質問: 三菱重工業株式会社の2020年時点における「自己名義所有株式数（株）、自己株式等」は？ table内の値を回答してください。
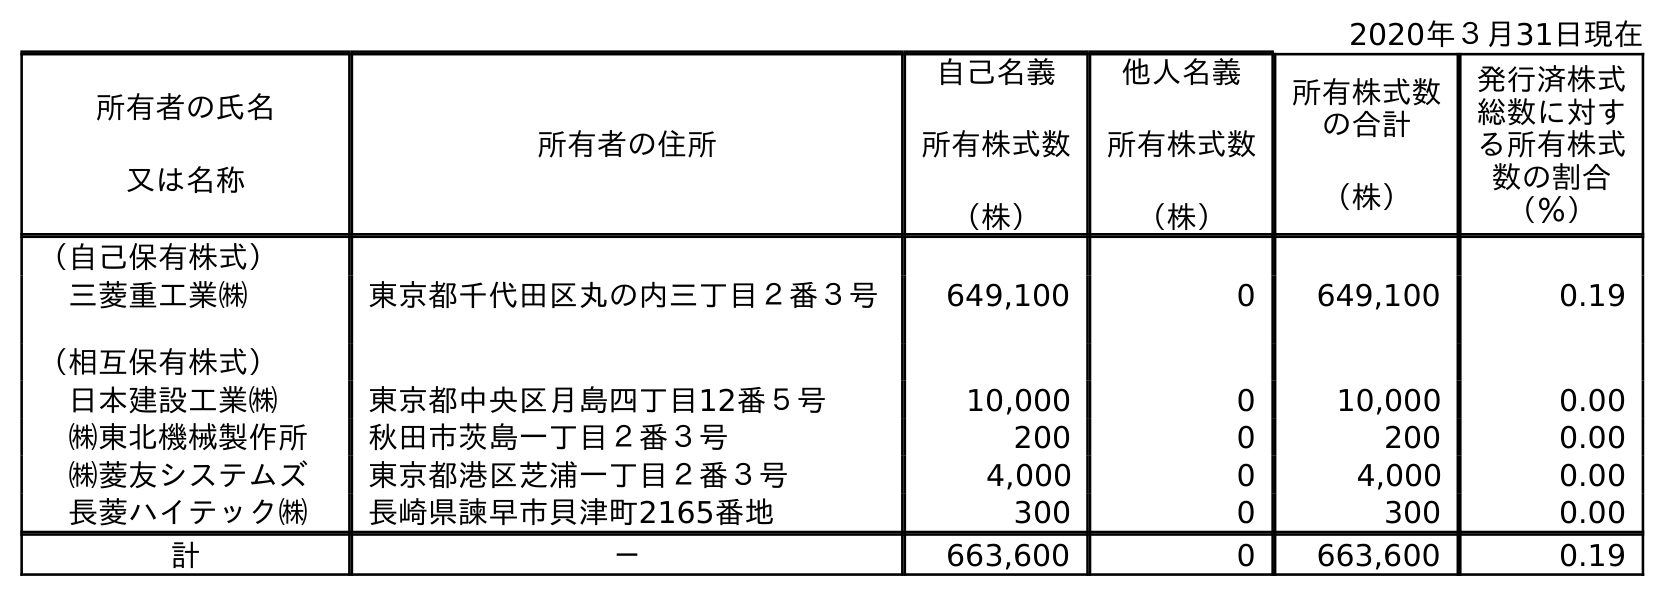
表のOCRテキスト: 2020年３月31日現在 所有者の氏名 又は名称 所有者の住所 自己名義 所有株式数 （株） 他人名義 所有株式数 （株） 所有株式数 の合計 （株） 発行済株式 総数に対す る所有株式 数の割合 （％） （自己保有株式） 三菱重工業㈱ 東京都千代田区丸の内三丁目２番３号 649,100 0 649,100 0.19 （相互保有株式） 日本建設工業㈱ 東京都中央区月島四丁目12番５号 10,000 0 10,000 0.00 ㈱東北機械製作所 秋田市茨島一丁目２番３号 200 0 200 0.00 ㈱菱友システムズ 東京都港区芝浦一丁目２番３号 4,000 0 4,000 0.00 長菱ハイテック㈱ 長崎県諫早市貝津町2165番地 300 0 300 0.00 計 － 663,600 0 663,600 0.19
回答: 663,600